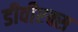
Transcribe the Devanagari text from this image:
डीवीएक्स